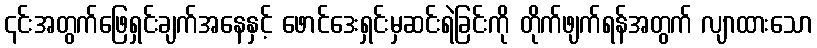
၎င်းအတွက်ဖြေရှင်းချက်အနေနှင့် ဖောင်ဒေးရှင်းမှဆင်းရဲခြင်းကို တိုက်ဖျက်ရန်အတွက် လျာထားသော